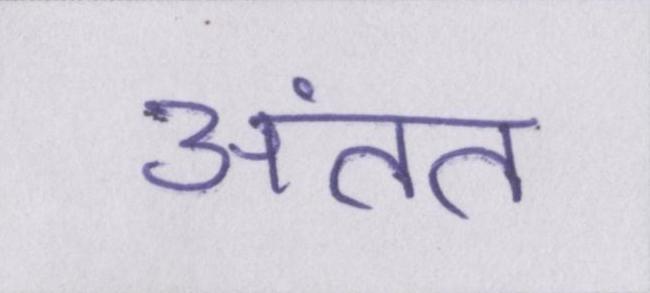
अंतत